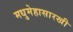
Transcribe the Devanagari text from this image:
मधुमेहासारखी